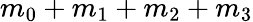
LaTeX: m_{0}+m_{1}+m_{2}+m_{3}